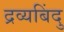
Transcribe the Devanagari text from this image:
द्रव्यबिंदु